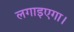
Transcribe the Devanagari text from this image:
लगाइएगा।